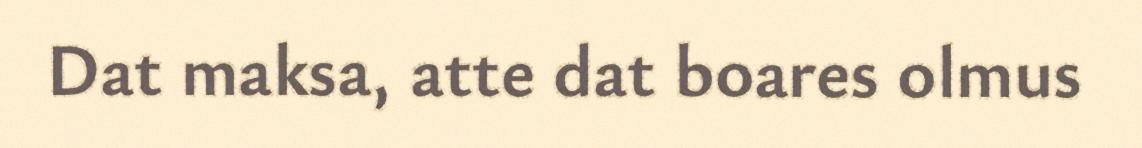
Dat maksa, atte dat boares olmus